Reports on military cantonments and civil stations in the Presidency of Bombay inspected by the Sanitary Commissioner in the years 1875 and 1876
Year: 1875
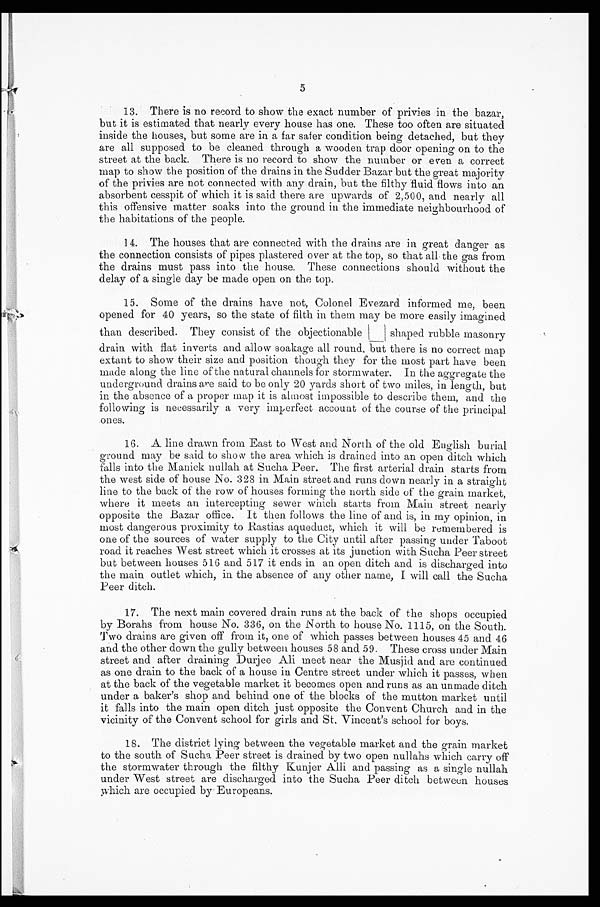
5
13. There is no record to show the exact number of privies in the bazar,
but it is estimated that nearly every house has one. These too often are situated
inside the houses, but some are in a far safer condition being detached, but they
are all supposed to be cleaned through a wooden trap door opening on to the
street at the back. There is no record to show the number or even a correct
map to show the position of the drains in the Sudder Bazar but the great majority
of the privies are not connected with any drain, but the filthy fluid flows into an
absorbent cesspit of which it is said there are upwards of 2,500, and nearly all
this offensive matter soaks into the ground in the immediate neighbourhood of
the habitations of the people.
14. The houses that are connected with the drains are in great danger as
the connection consists of pipes plastered over at the top, so that all the gas from
the drains must pass into the house. These connections should without the
delay of a single day be made open on the top.
15. Some of the drains have not, Colonel Evezard informed me, been
opened for 40 years, so the state of filth in them may be more easily imagined
than described. They consist of the objectionable |_| shaped rubble masonry
drain with flat inverts and allow soakage all round, but there is no correct map
extant to show their size and position though they for the most part have been
made along the line of the natural channels for stormwater. In the aggregate the
underground drains are said to be only 20 yards short of two miles, in length, but
in the absence of a proper map it is almost impossible to describe them, and the
following is necessarily a very imperfect account of the course of the principal
ones.
16. A line drawn from East to West and North of the old English burial
ground may be said to show the area which is drained into an open ditch which
falls into the Manick nullah at Sucha Peer. The first arterial drain starts from
the west side of house No. 328 in Main street and runs down nearly in a straight
line to the back of the row of houses forming the north side of the grain market,
where it meets au intercepting sewer winch. starts from Main street nearly
opposite the Bazar office. It then follows the line of and is, in my opinion, in
most dangerous proximity to Rastias aqueduct, which it will be remembered is
one of the sources of water supply to the City until after passing under Taboot
road it reaches West street which it crosses at its junction with Sucha Peer street
but between houses 516 and 517 it ends in an open ditch and is discharged into
the main outlet which, in the absence of any other name, I will call the Sucha
Peer ditch.
17. The next main covered drain runs at the back of the shops occupied
by Borahs from house No. 336, on the North to house No. 1115, on the South.
Two drains are given off from it, one of which passes between houses 45 and 46
and the other down the gully between houses 58 and 59. These cross under Main
street and after draining Durjee Ali meet near the Musjid and are continued
as one drain to the back of a house in Centre street under which it passes, when
at the back of the vegetable market it becomes open and runs as an unmade ditch
under a baker's shop and behind one of the blocks of the mutton market until
it falls into the main open ditch just opposite the Convent Church and in the
vicinity of the Convent school for girls and St. Vincent's school for boys.
18. The district lying between the vegetable market and the grain market
to the south of Sucha Peer street is drained by two open nullahs which carry off
the stormwater through the filthy Kunjer Alli and passing as a single nullah
under West street are discharged into the Sucha Peer ditch between houses
which are occupied by Europeans.